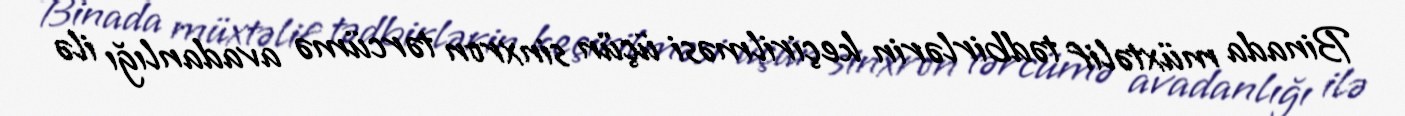
Binada müxtəlif tədbirlərin keçirilməsi üçün sinxron tərcümə avadanlığı ilə